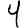
Digit: 4